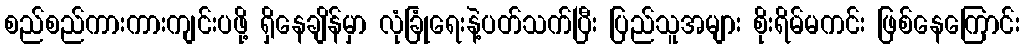
စည်စည်ကားကားကျင်းပဖို့ ရှိနေချိန်မှာ လုံခြုံရေးနဲ့ပတ်သက်ပြီး ပြည်သူအများ စိုးရိမ်မကင်း ဖြစ်နေကြောင်း